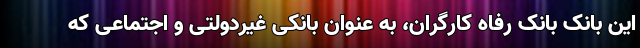
این بانک بانک رفاه کارگران، به عنوان بانکی غیردولتی و اجتماعی که